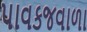
પાવકજવાળા